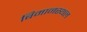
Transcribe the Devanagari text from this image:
बिमानस्थल